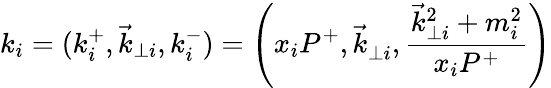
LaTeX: k_{i}=(k_{i}^{+},{\vec{k}}_{\perp i},k_{i}^{-})=\left(x_{i}P^{+},{\vec{k}}_{\perp i}^{~},\frac{{\vec{k}}_{\perp i}^{2}+m_{i}^{2}}{x_{i}P^{+}}\right)